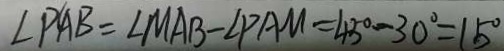
\angle P A B = \angle M A B - \angle P A M = 4 5 ^ { \circ } - 3 0 ^ { \circ } = 1 5 ^ { \circ }